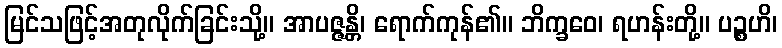
မြင်သဖြင့်အတုလိုက်ခြင်းသို့။ အာပဇ္ဇန္တိ၊ ရောက်ကုန်၏။ ဘိက္ခဝေ၊ ရဟန်းတို့။ ပဉ္စဟိ၊